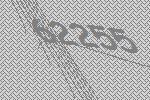
62255